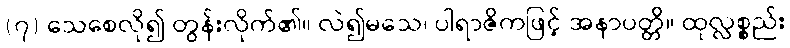
(၇) သေစေလို၍ တွန်းလိုက်၏။ လဲ၍မသေ၊ ပါရာဇိကဖြင့် အနာပတ္တိ။ ထုလ္လစ္စည်း